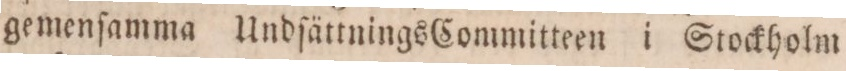
gemenſamma UndſättningsCommitteen i Stockholm